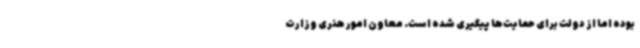
بوده اما از دولت برای حمایت‌ها پیگیری شده است. معاون امور هنری وزارت